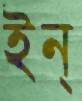
ইন্